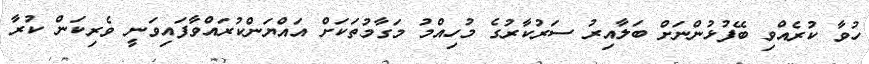
ހުވާ ކުރެއްވި ބޭފުޅުންނަށް ބަލާއިރު ސަރުކާރުގެ މުހިއްމު މަގާމުތަކަށް އައްޔަންކުރައްވާފައިވަނީ ވެރިކަން ކުރާ